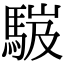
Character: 𩣞